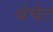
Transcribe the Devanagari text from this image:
श्चेचैट